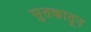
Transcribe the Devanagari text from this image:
सुतकातून